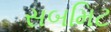
સબમિટ